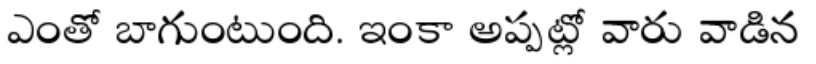
ఎంతో బాగుంటుంది. ఇంకా అప్పట్లో వారు వాడిన